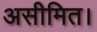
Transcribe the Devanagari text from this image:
असीमित।